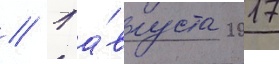
// 1 а́вгуста 2017